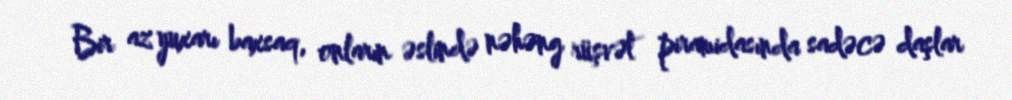
Bir az yuxarı baxsaq, onların əslində nəhəng rüşvət piramidasında sadəcə daşlar